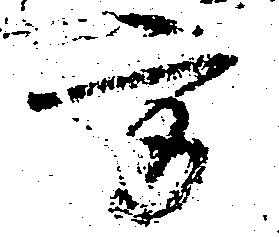
方